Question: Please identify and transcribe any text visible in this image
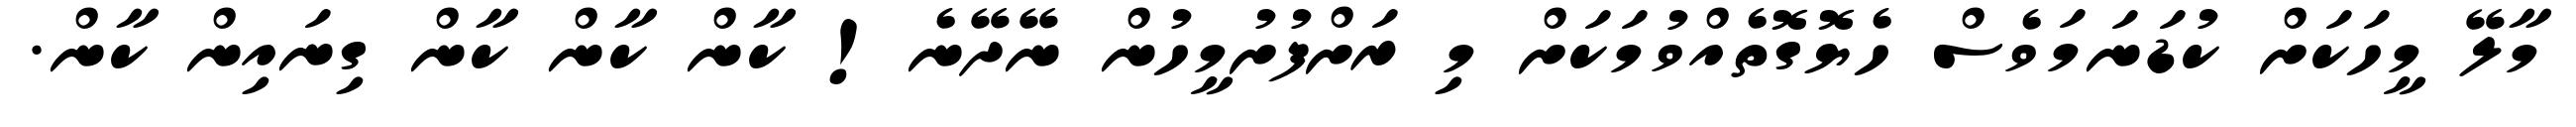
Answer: މާލޭ މީހަކަށް ކުޑަނަމަވެސް ހެޔޮގޮތެއްވުމަކަށް މި ރަށްފުށުމީހުން ނޭދޭނެ! ކާން ކާން ކާން ގިނައިން ކާން.